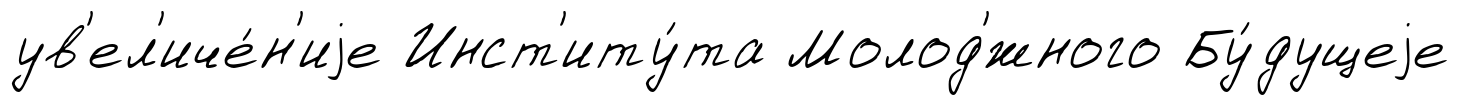
ув'ел'иче́н'иjе Инст'иту́та Молод'́жного Бу́дущеjе